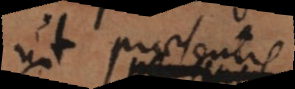
ut praesent